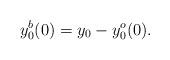
LaTeX: \begin{align*} y_{0}^{b}(0)=y_{0}-y_{0}^{o}(0).\end{align*}